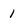
Character: 1